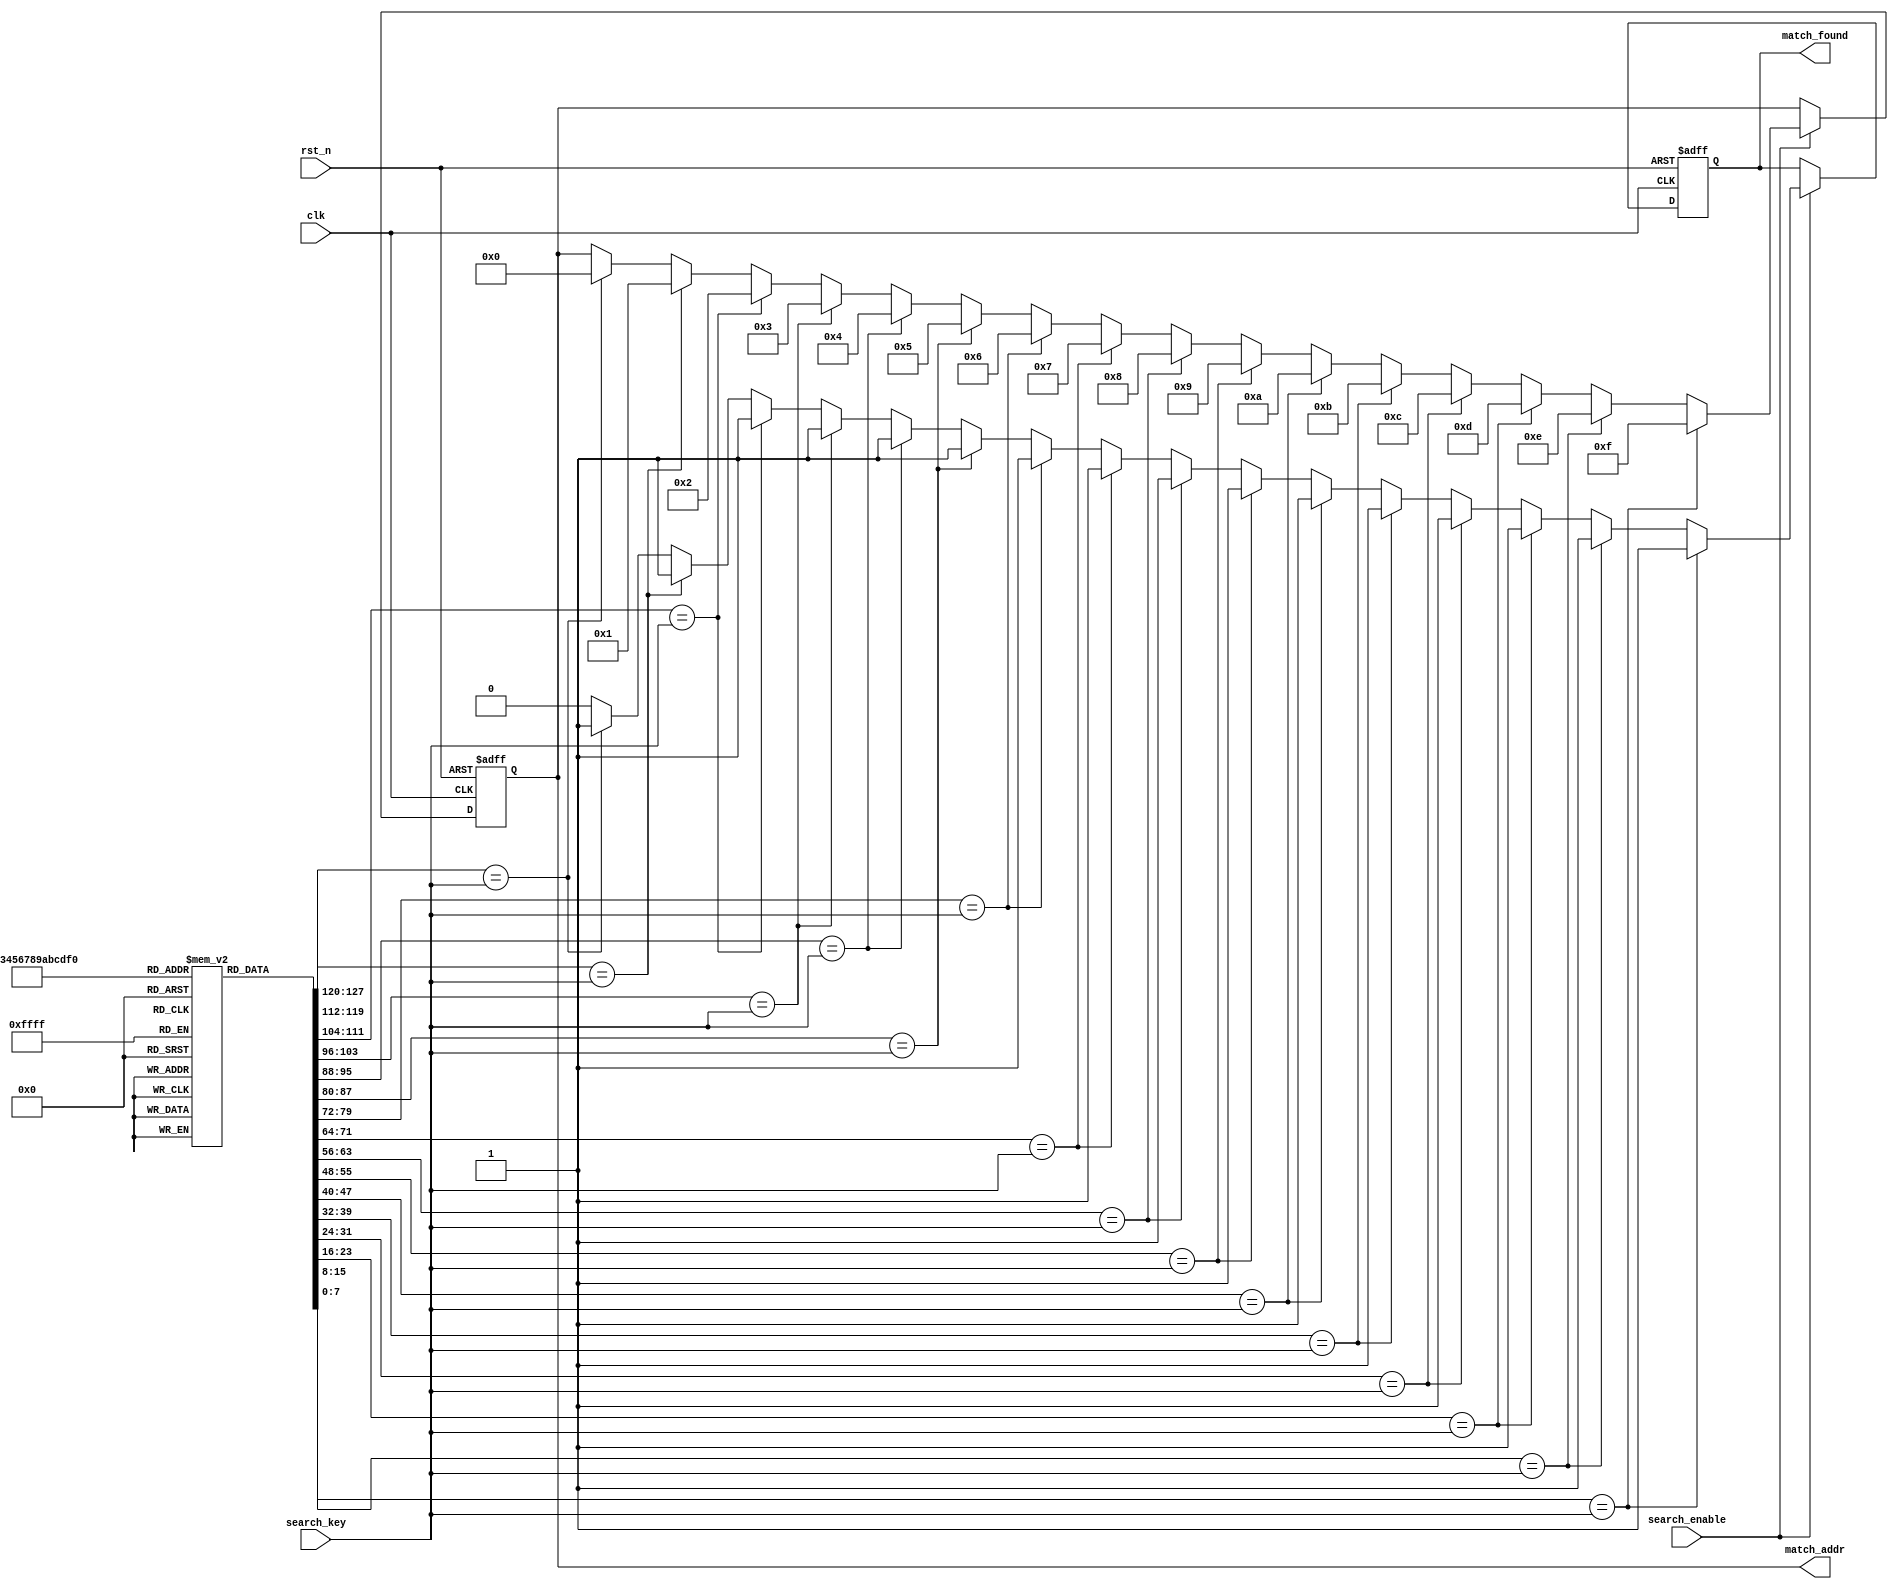
module CAM #(
    parameter DATA_WIDTH = 8,  // Width of the data
    parameter ADDR_WIDTH = 4,   // Number of entries (2^ADDR_WIDTH)
    parameter DEPTH = 16         // Depth of the CAM (number of rows)
)(
    input wire clk,                  // Clock signal
    input wire rst_n,                // Active low reset signal
    input wire [DATA_WIDTH-1:0] search_key, // Input search key
    input wire search_enable,        // Enable signal for search operation
    output reg [ADDR_WIDTH-1:0] match_addr, // Address of the match
    output reg match_found           // Match found indicator
);

    // Memory array to store CAM entries
    reg [DATA_WIDTH-1:0] mem [0:DEPTH-1];
    reg [DEPTH-1:0] match_lines;    // Match lines for each row

    integer i;

    // Initial memory entries (example)
    initial begin
        // Fill the memory with example data
        mem[0] = 8'hA1;
        mem[1] = 8'hB2;
        mem[2] = 8'hC3;
        mem[3] = 8'hD4;
        mem[4] = 8'hE5;
        mem[5] = 8'hF6;
        mem[6] = 8'hA7;
        mem[7] = 8'hB8;
        mem[8] = 8'hC9;
        mem[9] = 8'hDA;
        mem[10] = 8'hEB;
        mem[11] = 8'hFC;
        mem[12] = 8'hAD;
        mem[13] = 8'hBE;
        mem[14] = 8'hCF;
        mem[15] = 8'hD0;
    end

    // Comparison logic
    always @(posedge clk or negedge rst_n) begin
        if (!rst_n) begin
            match_lines <= 0;
            match_found <= 0;
            match_addr <= 0;
        end else if (search_enable) begin
            match_lines <= 0; // Reset match lines
            match_found <= 0; // Reset match found

            // Compare each row with the search key
            for (i = 0; i < DEPTH; i = i + 1) begin
                if (mem[i] == search_key) begin
                    match_lines[i] <= 1; // Set match line for the matched entry
                    match_found <= 1;     // Indicate that a match is found
                    match_addr <= i;      // Store the address of the match
                end else begin
                    match_lines[i] <= 0; // Set match line to 0 if not matched
                end
            end
        end
    end

endmodule